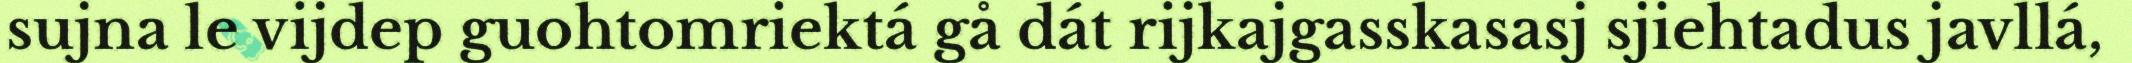
sujna le vijdep guohtomriektá gå dát rijkajgasskasasj sjiehtadus javllá,